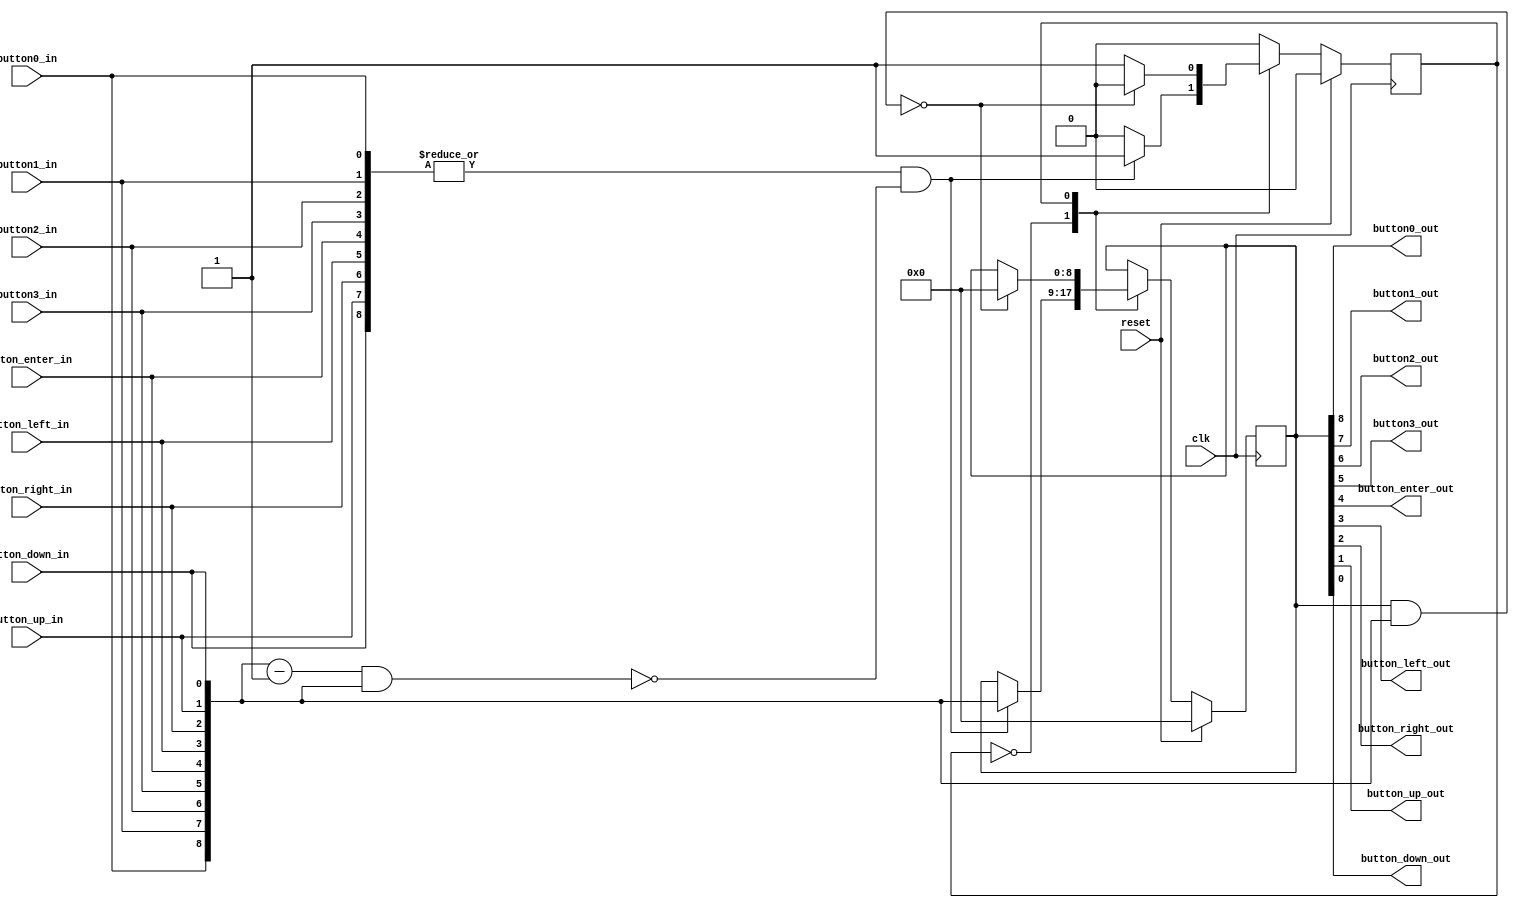
`timescale 1ns / 1ps
//////////////////////////////////////////////////////////////////////////////////
// Company: 
// 
// Design Name: 
// Module Name:    Button_Contention_Resolver 
// Project Name: 
// Target Devices: 
// Tool versions: 
// Description:    Takes debounced button inputs, and manages button contention
//                 such that only one button signal is high per clock. There is 
//                 also guaranteed to be at least one cycle of no button presses 
//                 between consecutive button presses. This is useful for
//                 generically determining when a button is released, as it
//                 becomes the bitwise-or of the button signals.  
//
// Dependencies: 
//
// Revision: 
// Revision 0.01 - File Created
// Additional Comments: 
//
//////////////////////////////////////////////////////////////////////////////////
module Button_Contention_Resolver(
	input clk,
	input reset,
	// Button Inputs
	input button0_in,
	input button1_in,
	input button2_in,
	input button3_in,
	input button_enter_in,
	input button_left_in,
	input button_right_in,
	input button_up_in,
	input button_down_in,
	// Button Outputs
	output button0_out,
	output button1_out,
	output button2_out,
	output button3_out,
	output button_enter_out,
	output button_left_out,
	output button_right_out,
	output button_up_out,
	output button_down_out
	);
		
	// Instantiate state var
	reg state;
	
	// Define state parameters
	parameter S_RESET = 0;
	parameter S_SET =   1;
	
	// Assign input
	wire [8:0] button_in;
	assign button_in =
	       {button0_in, button1_in, button2_in, button3_in, button_enter_in,
			  button_left_in, button_right_in, button_up_in, button_down_in};
	
	// Assign output
	reg [8:0] button_out;
	assign {button0_out, button1_out, button2_out, button3_out, button_enter_out,
			  button_left_out, button_right_out, button_up_out, button_down_out}
	       = button_out;
	
	// Manage state transitions and output
	wire [8:0] button_in_minus_one;
	assign button_in_minus_one = button_in - 1;
	always @(posedge clk) begin
		if (reset) begin
			state <= S_RESET;
			button_out <= 9'd0;
		end
		else begin
			case (state)
				S_RESET: begin
					if ((|button_in) & !(button_in_minus_one & button_in)) begin
						state <= S_SET;
						button_out <= button_in;
					end
				end
				S_SET: begin
					if (!(button_out & button_in)) begin
						state <= S_RESET;
						button_out <= 9'd0;
					end
				end
			endcase
		end
	end
endmodule